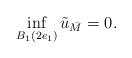
LaTeX: \begin{align*}\inf_{B_1(2e_1)} \tilde u_{\bar M} = 0. \end{align*}